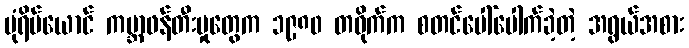
ပုံရိပ်ယောင် ကမ္ဘာဖန်တီးမှုတွေက ၁၉၈၀ တဝိုက်က စတင်ပေါ်ပေါက်ခဲ့တဲ့ အရွယ်အစား